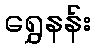
ရွှေနန်း